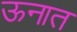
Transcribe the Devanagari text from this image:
ऊनात